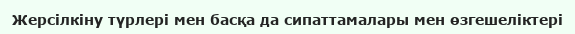
Жерсілкіну түрлері мен басқа да сипаттамалары мен өзгешеліктері